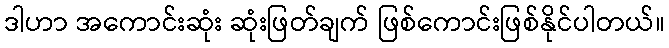
ဒါဟာ အကောင်းဆုံး ဆုံးဖြတ်ချက် ဖြစ်ကောင်းဖြစ်နိုင်ပါတယ်။